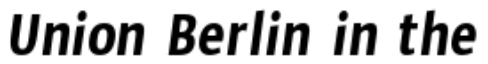
Union Berlin in the